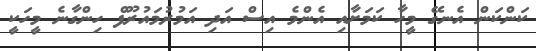
ކަންކަން އެނގޭ މީހާ ކަމަށާއި އެންމެ އިސް އަދި އަމުރުމައުރޫފް ހިންގާނެ މީހަކީ